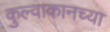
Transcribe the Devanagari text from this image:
कुल्वाकानच्या